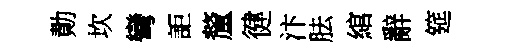
勣坎彎詎釐徤汴胠綰辭筵